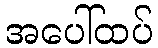
အပေါ်ထပ်